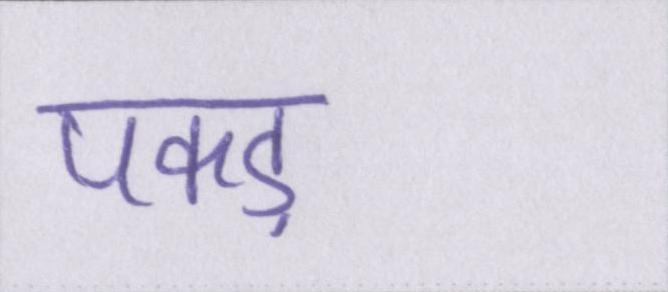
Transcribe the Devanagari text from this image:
पकड़